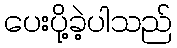
ပေးပို့ခဲ့ပါသည်